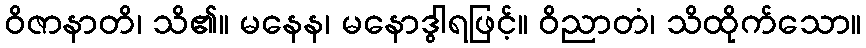
ဝိဇာနာတိ၊ သိ၏။ မနေန၊ မနောဒွါရဖြင့်။ ဝိညာတံ၊ သိထိုက်သော။